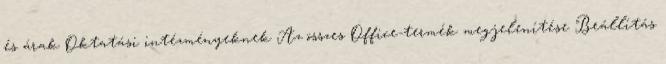
és árak Oktatási intézményeknek Az összes Office-termék megjelenítése Beállítás